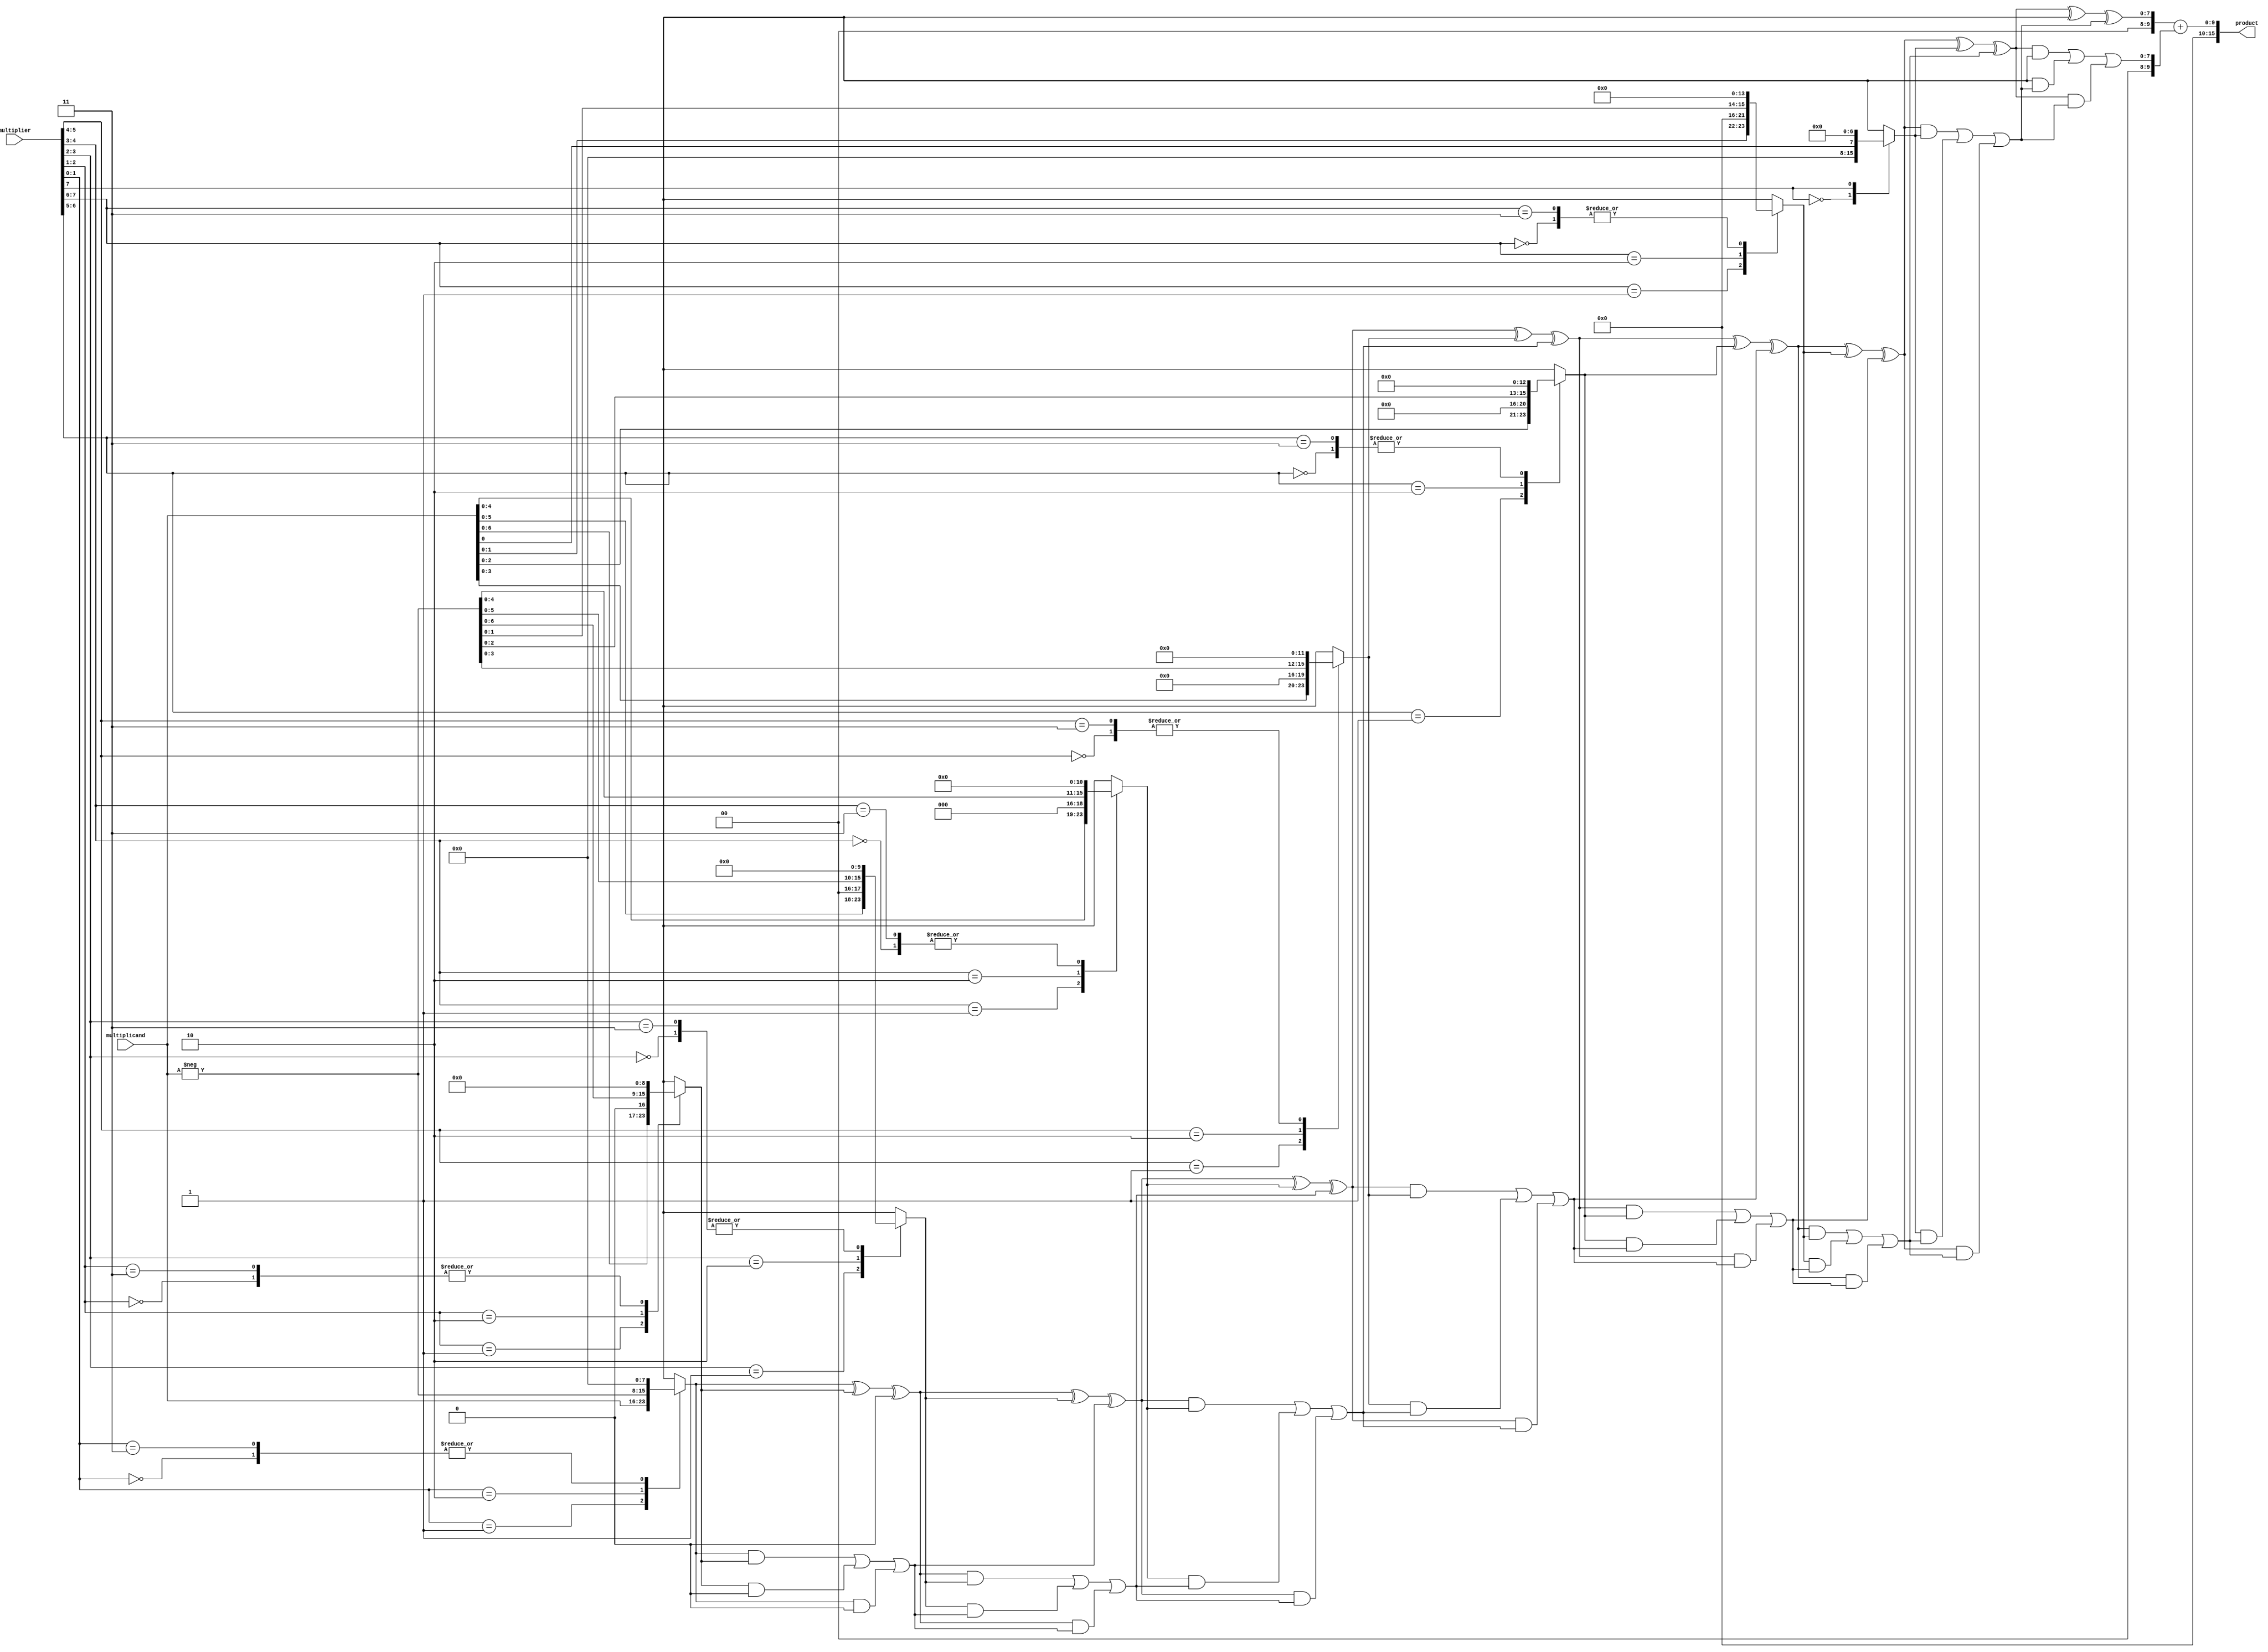
module booth_multiplier (
    input signed [N-1:0] multiplicand,
    input signed [N-1:0] multiplier,
    output signed [(2*N)-1:0] product
);
    parameter N = 8; // Bit-width of the inputs

    // Booth encoding and partial product generation
    reg [N-1:0] pp [0:N]; // Partial products
    reg [N:0] multiplier_ext; // Extended multiplier for Booth encoding
    integer i;

    always @(*) begin
        multiplier_ext = {1'b0, multiplier}; // Extend multiplier with an extra bit
        pp[0] = 0;

        for (i = 0; i < N; i = i + 1) begin
            case (multiplier_ext[i+1:i])
                2'b00: pp[i+1] = 0; // Do nothing
                2'b01: pp[i+1] = multiplicand << i; // Add multiplicand
                2'b10: pp[i+1] = -multiplicand << i; // Subtract multiplicand
                2'b11: pp[i+1] = 0; // Do nothing
            endcase
        end
    end

    // Wallace tree reduction
    wire [N+1:0] sum [0:N]; // Sum wires for Wallace tree
    wire [N+1:0] carry [0:N]; // Carry wires for Wallace tree

    // Initial partial products
    assign sum[0] = pp[1];
    assign carry[0] = 0;

    // Wallace tree reduction stages
    genvar j;
    generate
        for (j = 1; j <= N; j = j + 1) begin : reduction
            wire [N+1:0] a, b, c;
            assign a = sum[j-1];
            assign b = pp[j+1];
            assign c = carry[j-1];

            // Carry-save adder
            assign sum[j] = a ^ b ^ c; // Sum
            assign carry[j] = (a & b) | (b & c) | (a & c); // Carry
        end
    endgenerate

    // Final addition
    wire [N+1:0] final_sum;
    wire [N+1:0] final_carry;

    assign final_sum = sum[N] + carry[N];

    // Output product
    assign product = final_sum;

endmodule